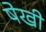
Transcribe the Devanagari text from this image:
षेखी